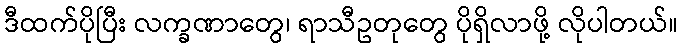
ဒီထက်ပိုပြီး လက္ခဏာတွေ၊ ရာသီဥတုတွေ ပိုရှိလာဖို့ လိုပါတယ်။